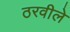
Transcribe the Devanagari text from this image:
ठरवीले